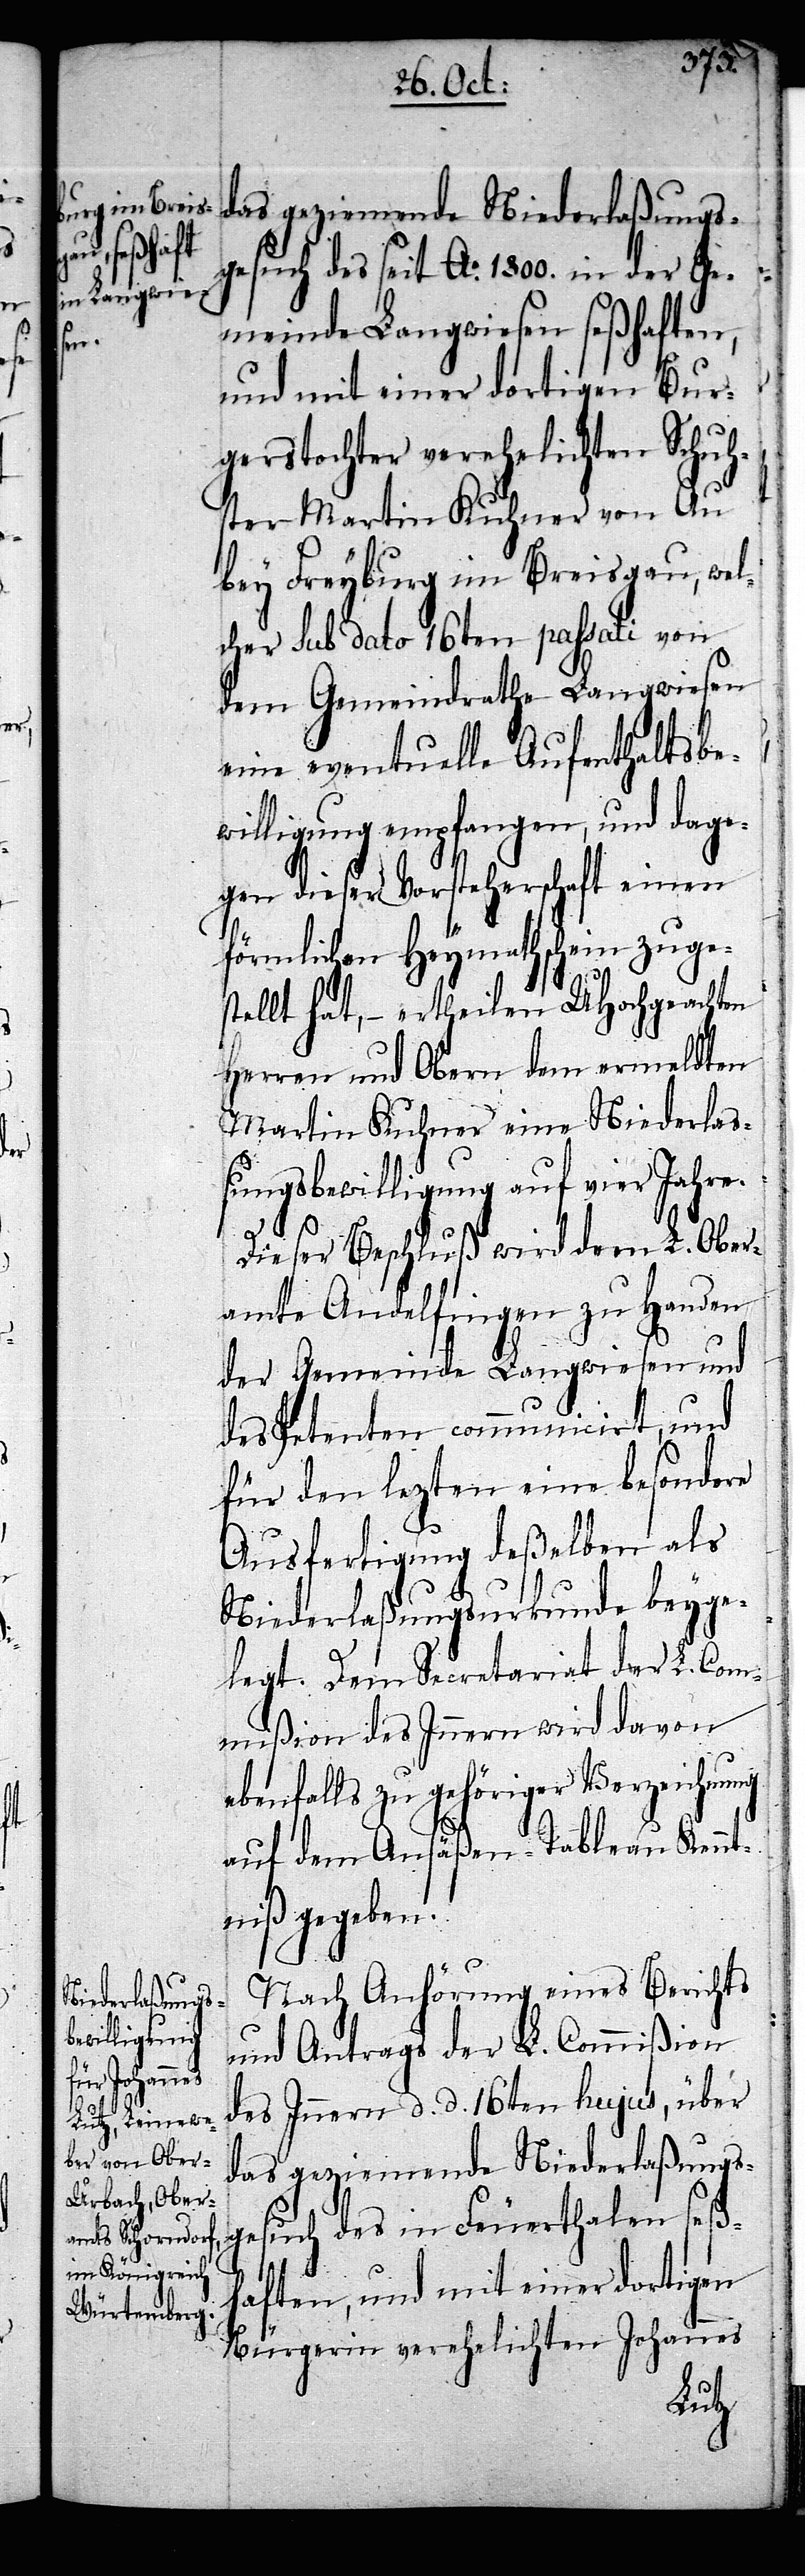
das geziemende Niederlaßungs¬
gesuch des seit Ao. 1800. in der Ge¬
meinde Langwiesen seßhaften,
und mit einer dortigen Bur¬
gerstochter verehelichten Schuh¬
ster Martin Kuhner von Au
bey Freyburg im Breisgau, wel¬
cher sub dato 16ten passati von
dem Gemeindrathe Langwiesen
eine eventuelle Aufenthaltsbe¬
willigung empfangen, und dage¬
gen dieser Vorsteherschaft einen
förmlichen Heymathschein zuge¬
stellt hat, – ertheilen UHochgeachten
Herren und Obern dem ermeldten
Martin Kuhner eine Niederlaß¬
ungsbewilligung auf vier Jahre.
Dieser Beschluß wird dem L. Ober¬
amte Andelfingen zu Handen
der Gemeinde Langwiesen und
des Petenten communicirt, und
für den lezten eine besondere
Ausfertigung deßelben als
Niederlaßungsurkunde beyge¬
legt. Dem Secretariat der L. Com¬
mißion des Innern wird davon
ebenfalls zu gehöriger Verzeichnung
auf dem Ansäßen-Tableau Kennt¬
niß gegeben.
Nach Anhörung eines Berichts
und Antrags der L. Commißion
des Innern d. d. 16ten hujus, über
das geziemende Niederlaßungs¬
gesuch des in Feuerthalen seß¬
haften, und mit einer dortigen
Bürgerin verehelichten Johannes